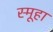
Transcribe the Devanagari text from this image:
स्मूहा